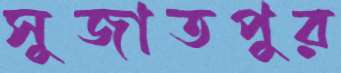
সুজাতপুর